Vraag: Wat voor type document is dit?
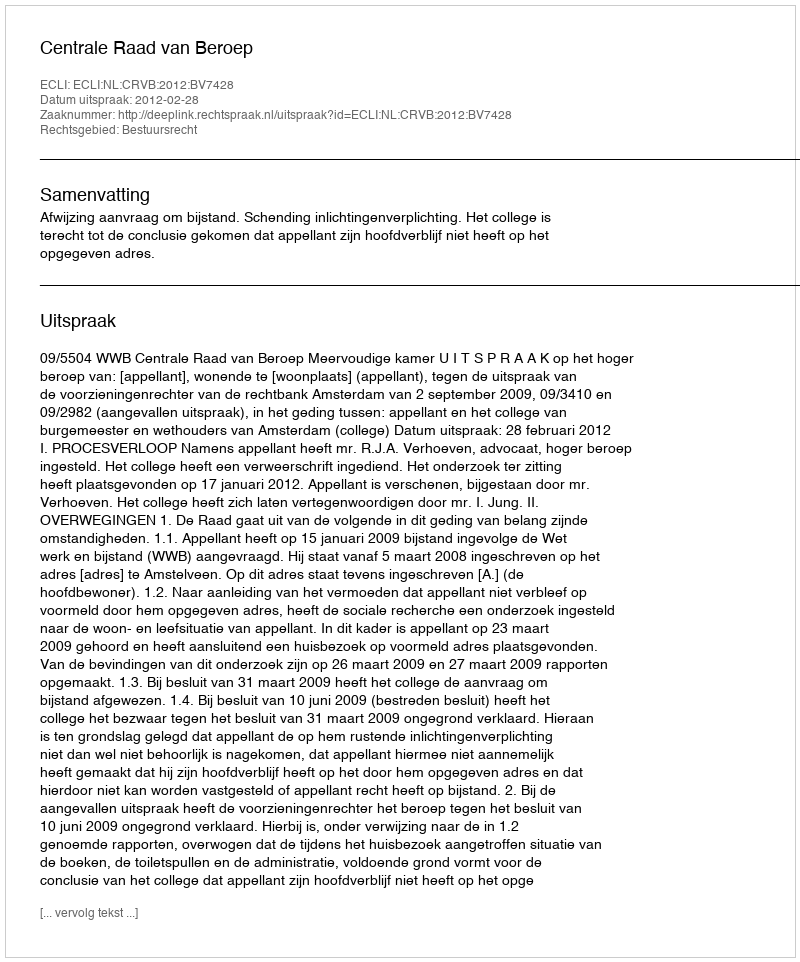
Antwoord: Uitspraak